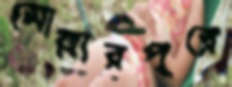
মোল্লারপুরে